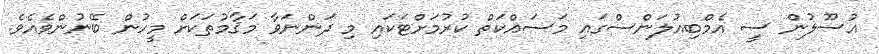
އުސޫލުން ސީ އެމްބިއުލަންސްގައި މަސައްކަތް ކުރުމަށްޓަކައި މި ދަންނަވާ މަޤާމުތަކަށް މީހުން ބޭނުންވެއެވެ.